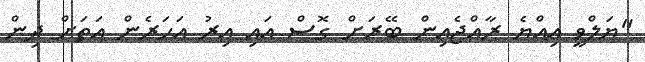
"ޔަލްވީ އިއްޔެ ރާއްޖެއިން ބޭރަށް ގޮސް އައި އިރު އަހަރެން އަތަށް ދިން